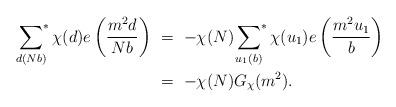
LaTeX: \begin{align*} \sideset{}{^*}\sum_{d (Nb)} \chi(d) e \left(\frac{m^2d}{Nb} \right) \ &= \ - \chi(N)\sideset{}{^*}\sum_{u_1 (b)} \chi(u_1) e \left(\frac{m^2u_1}{b} \right) \\ &= \ - \chi(N) G_{\chi} (m^2). \end{align*}